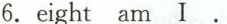
6.eight am I.